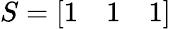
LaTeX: S={\left[\begin{array}{lll}{1}&{1}&{1}\end{array}\right]}